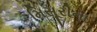
મિસૂરીના